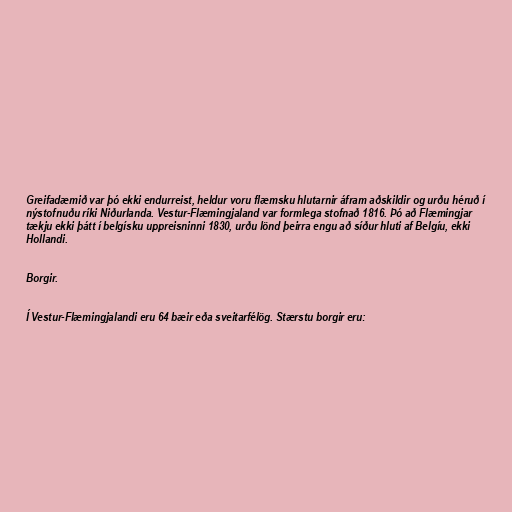
Greifadæmið var þó ekki endurreist, heldur voru flæmsku hlutarnir áfram aðskildir og urðu héruð í
nýstofnuðu ríki Niðurlanda. Vestur-Flæmingjaland var formlega stofnað 1816. Þó að Flæmingjar
tækju ekki þátt í belgísku uppreisninni 1830, urðu lönd þeirra engu að síður hluti af Belgíu, ekki
Hollandi.

Borgir.

Í Vestur-Flæmingjalandi eru 64 bæir eða sveitarfélög. Stærstu borgir eru: